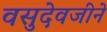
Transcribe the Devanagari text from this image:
वसुदेवजीने